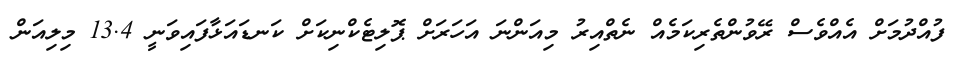
ފުއްދުމަށް އެއްވެސް ރޭވުންތެރިކަމެއް ނެތްއިރު މިއަންނަ އަހަރަށް ޕޮލިޓެކްނިކަށް ކަނޑައަޅާފައިވަނީ 13.4 މިލިއަން